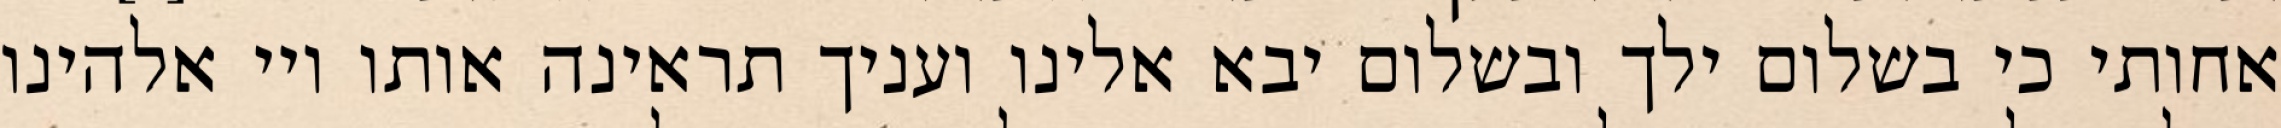
אחותי כי בשלום ילך ובשלום יבא אלינו ועניך תראינה אותו ויי אלהינו